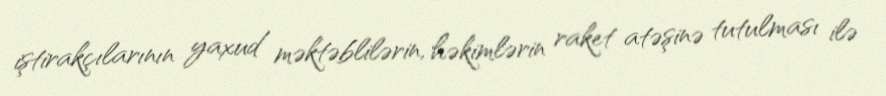
iştirakçılarının yaxud məktəblilərin, həkimlərin raket atəşinə tutulması ilə